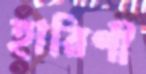
হারিণী